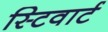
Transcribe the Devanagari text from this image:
स्टिवार्ट